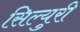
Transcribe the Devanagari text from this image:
सिल्युरी